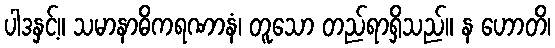
ပါဒနှင့်။ သမာနာဓိကရဏာနံ၊ တူသော တည်ရာရှိသည်။ န ဟောတိ၊